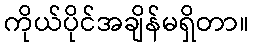
ကိုယ်ပိုင်အချိန်မရှိတာ။